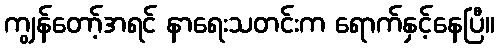
ကျွန်တော့်အရင် နာရေးသတင်းက ရောက်နှင့်နေပြီ။